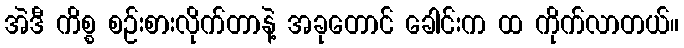
အဲဒီ ကိစ္စ စဉ်းစားလိုက်တာနဲ့ အခုတောင် ခေါင်းက ထ ကိုက်လာတယ်။